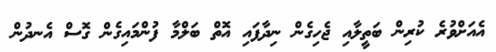
އެއަށްވުރެ ކުރިން ބަތީލާއި ޖެހިގެން ނިދާފައި އޮތް ބަލްމާ ފުންމައިގެން ގޮސް އެނދުން